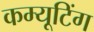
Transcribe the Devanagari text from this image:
कम्यूटिंग